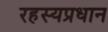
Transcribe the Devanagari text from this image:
रहस्यप्रधान